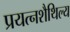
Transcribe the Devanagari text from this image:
प्रयत्नशैथिल्य